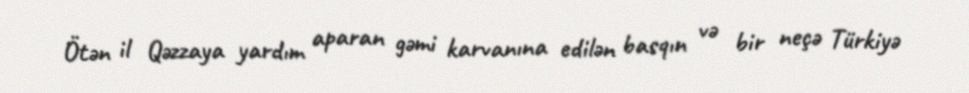
Ötən il Qəzzaya yardım aparan gəmi karvanına edilən basqın və bir neçə Türkiyə